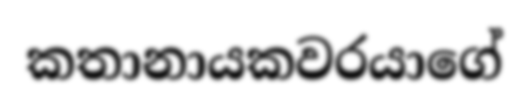
කතානායකවරයාගේ